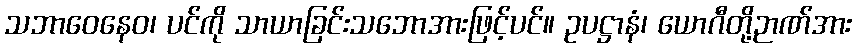
သဘာဝေနေဝ၊ ပင်ကို သာယာခြင်းသဘောအားဖြင့်ပင်။ ဥပဋ္ဌာနံ၊ ယောဂီတို့ဉာဏ်အား